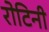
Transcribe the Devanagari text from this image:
रोटिनी